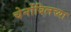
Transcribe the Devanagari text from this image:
चेर्नोबिलच्या